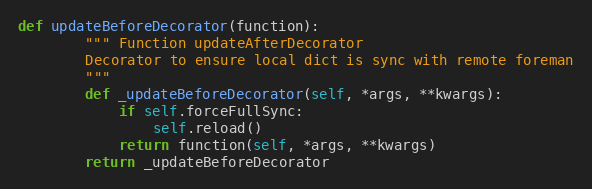
Language: Python
def updateBeforeDecorator(function):
        """ Function updateAfterDecorator
        Decorator to ensure local dict is sync with remote foreman
        """
        def _updateBeforeDecorator(self, *args, **kwargs):
            if self.forceFullSync:
                self.reload()
            return function(self, *args, **kwargs)
        return _updateBeforeDecorator